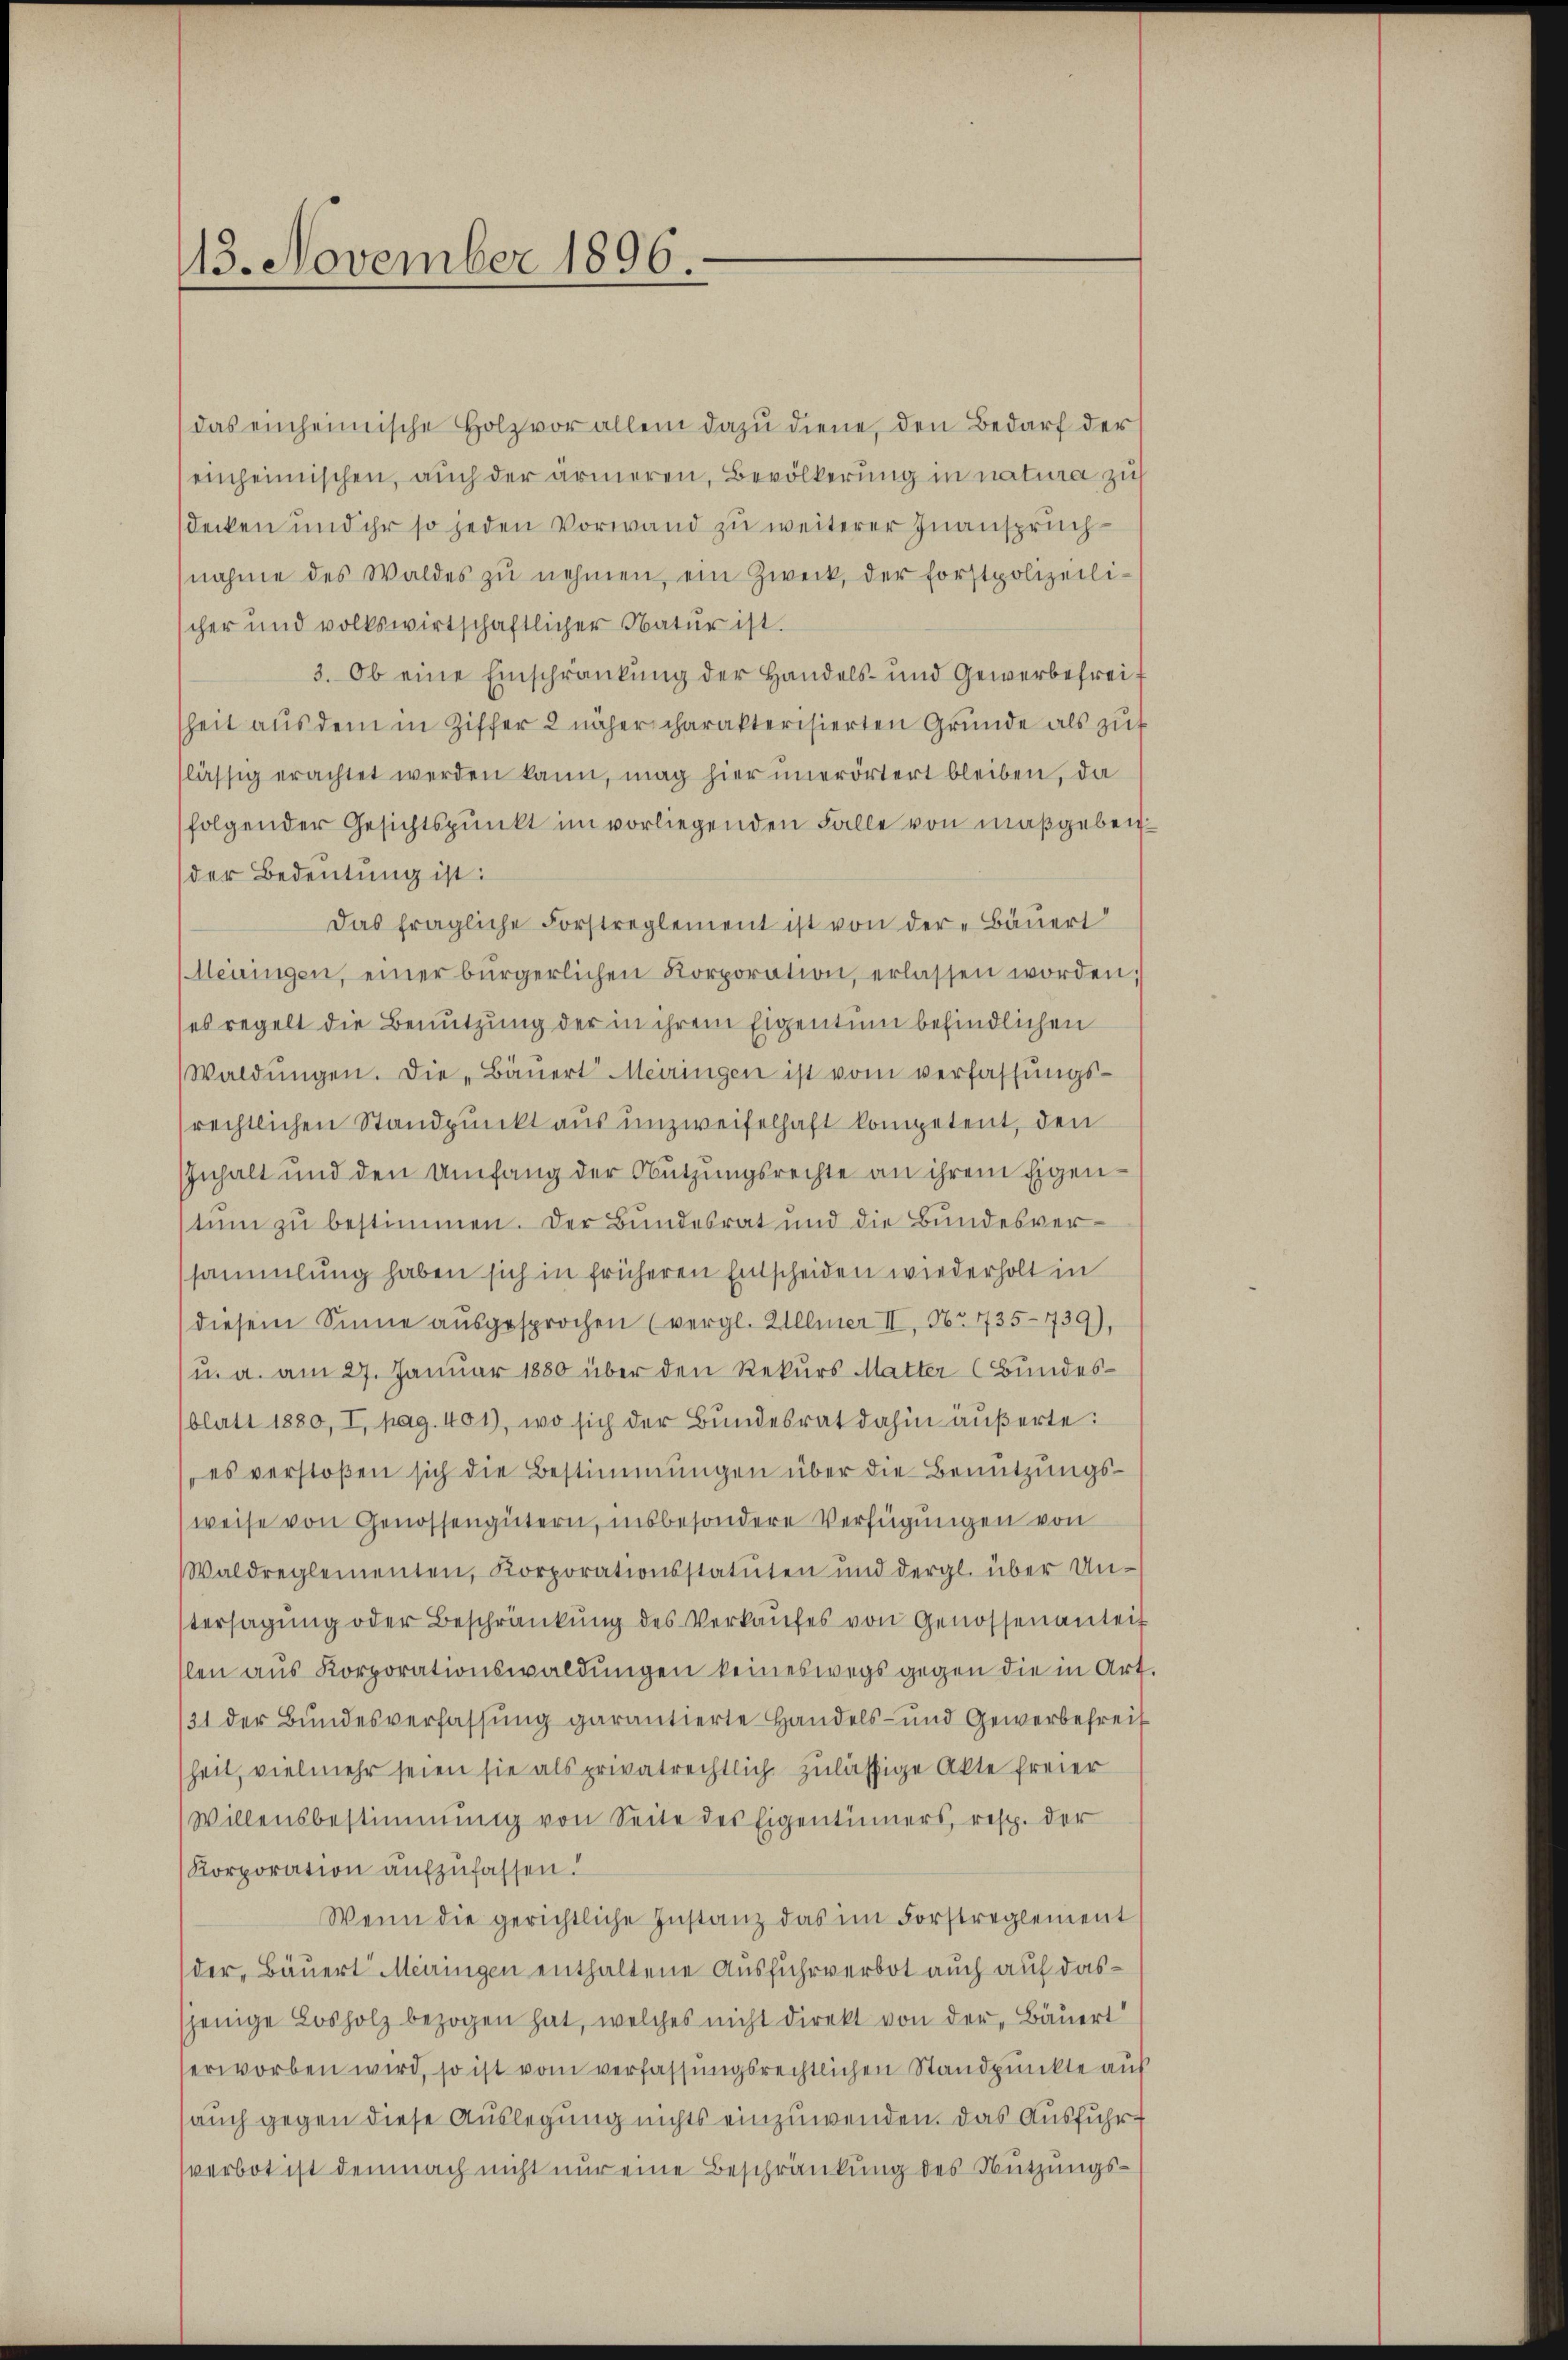
13. November 1896

das einheimische Holzvor allem dazu diene, den Bedarf der
einheimischen, auch der ärmeren, Bevölkerung in natura zu
sdecken und ihr so jeden Vorwand zu weiterer Inanspruchnahme des Waldes zŭ nehmen, ein Zweck, der Forstpolizeili-
scher und volkswirtschaftlicher Natur ist.
3. Ob eine Einschränkung der Handels- und Gewerbefreit
heit aus dem in Ziffer 2 näher charakterisierten Grunde als zuf
slässig erachtet werden kann, mag hier unerörtert bleiben, da
folgender Gesichtspunkt im vorliegenden Falle von maßgebender Bedeutung ist:
Das fragliche Forstreglement ist von der „Bäuert
Meiringen, einer bürgerlichen Korporation, erlassen worden;
es regelt die Benutzung der in ihrem Eigentum befindlichen
Waldŭngen. Die „Bäŭert Meiringen ist vom verfassŭngs-
rechtlichen Standpunkt aus unzweifelhaft kompetent, den
Inhalt und den Umfang der Nutzungsrechte an ihrem Eigenstum zu bestimmen. Der Bundesrat und die Bundesversammlung haben sich in früheren Entscheiden wiederholt in
diesem Sinne ausgesprochen (vergl. Ullmer II, No. 1735-739)
(u. a. am 27. Januar 1880 über den Rekurs Matter Bundesblatt 1880, I, pag. 401), wo sich der Bundesrat dahin äußerte:
es verstoßen sich die Bestimmungen über die Benutzungsweise von Genossengütern, insbesondere Verfügungen von
Waldreglementen, Korporationsstatŭten und dergl. über Un-
tersagung oder Beschränkung des Verkaufes von Genossenanteil
slen aŭs Korporationswaldŭngen keineswegs gegen die in Art.
131 der Bundesverfassung garantierte Handels- und Gewerbefreit
heit, vielmehr seien sie als privatrechtlich zulässige Akte freier
(Willensbestimmung von Seite des Eigentümers, resp. der
Korporation aufzufassen.
Wenn die gerichtliche Instanz das im Forstreglement
der, Bäuert Meiringen enthaltene Ausfuhrverbot auch auf dassjenige Losholz bezogen hat, welches nicht direkt von der Bäuert
erworben wird, so ist vom verfassungsrechtlichen Standpunkte auf
sauch gegen diese Auslegung nichts einzuwenden. Das Ausführverbot ist demnach nicht nur eine Beschränkung des Nutzungs¬